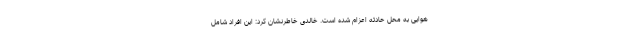
هوایی به محل حادثه اعزام شده است. خالدی خاطرنشان کرد: این افراد شامل